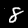
Digit: 8